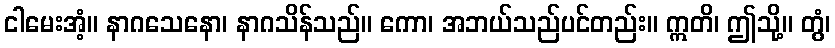
ငါမေးအံ့။ နာဂသေနော၊ နာဂသိန်သည်။ ကော၊ အဘယ်သည်ပင်တည်း။ ဣတိ၊ ဤသို့။ တွံ၊